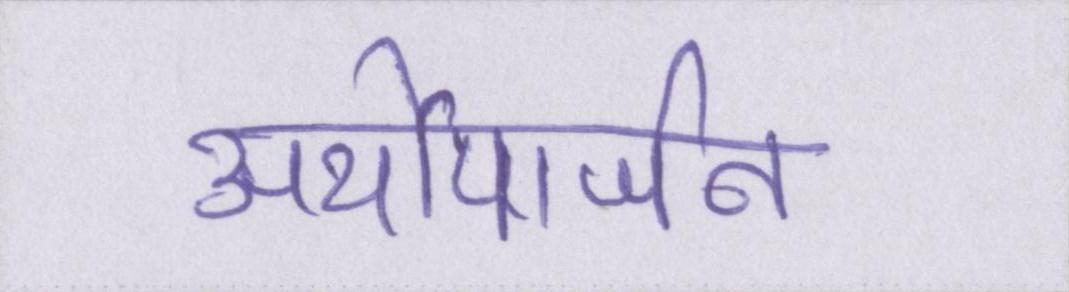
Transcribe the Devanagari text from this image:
अर्थोपार्जन